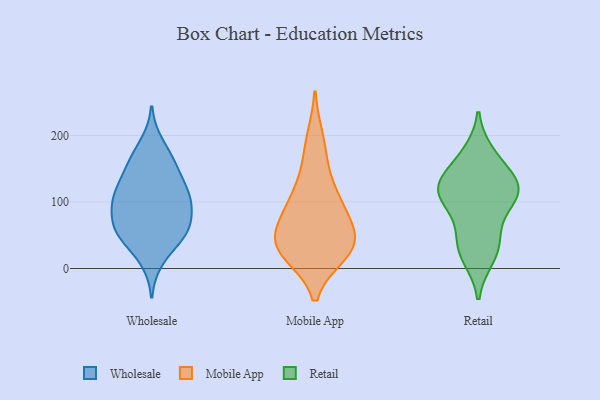
{"axis": {"x": "Revenue (USD Million)", "y": "Value"}, "legend": ["Mobile App", "Retail", "Wholesale"], "data": [{"x": "", "y": 11, "type": "Wholesale"}, {"x": "", "y": 160, "type": "Wholesale"}, {"x": "", "y": 100, "type": "Wholesale"}, {"x": "", "y": 92, "type": "Wholesale"}, {"x": "", "y": 160, "type": "Wholesale"}, {"x": "", "y": 43, "type": "Wholesale"}, {"x": "", "y": 124, "type": "Wholesale"}, {"x": "", "y": 65, "type": "Wholesale"}, {"x": "", "y": 43, "type": "Wholesale"}, {"x": "", "y": 62, "type": "Wholesale"}, {"x": "", "y": 114, "type": "Wholesale"}, {"x": "", "y": 153, "type": "Wholesale"}, {"x": "", "y": 120, "type": "Wholesale"}, {"x": "", "y": 189, "type": "Wholesale"}, {"x": "", "y": 89, "type": "Wholesale"}, {"x": "", "y": 54, "type": "Wholesale"}, {"x": "", "y": 108, "type": "Wholesale"}, {"x": "", "y": 64, "type": "Wholesale"}, {"x": "", "y": 39, "type": "Mobile App"}, {"x": "", "y": 22, "type": "Mobile App"}, {"x": "", "y": 41, "type": "Mobile App"}, {"x": "", "y": 196, "type": "Mobile App"}, {"x": "", "y": 74, "type": "Mobile App"}, {"x": "", "y": 63, "type": "Mobile App"}, {"x": "", "y": 112, "type": "Mobile App"}, {"x": "", "y": 27, "type": "Mobile App"}, {"x": "", "y": 110, "type": "Mobile App"}, {"x": "", "y": 160, "type": "Mobile App"}, {"x": "", "y": 88, "type": "Mobile App"}, {"x": "", "y": 24, "type": "Mobile App"}, {"x": "", "y": 35, "type": "Mobile App"}, {"x": "", "y": 23, "type": "Retail"}, {"x": "", "y": 45, "type": "Retail"}, {"x": "", "y": 16, "type": "Retail"}, {"x": "", "y": 125, "type": "Retail"}, {"x": "", "y": 133, "type": "Retail"}, {"x": "", "y": 106, "type": "Retail"}, {"x": "", "y": 88, "type": "Retail"}, {"x": "", "y": 118, "type": "Retail"}, {"x": "", "y": 173, "type": "Retail"}, {"x": "", "y": 45, "type": "Retail"}, {"x": "", "y": 122, "type": "Retail"}, {"x": "", "y": 104, "type": "Retail"}, {"x": "", "y": 165, "type": "Retail"}, {"x": "", "y": 127, "type": "Retail"}]}